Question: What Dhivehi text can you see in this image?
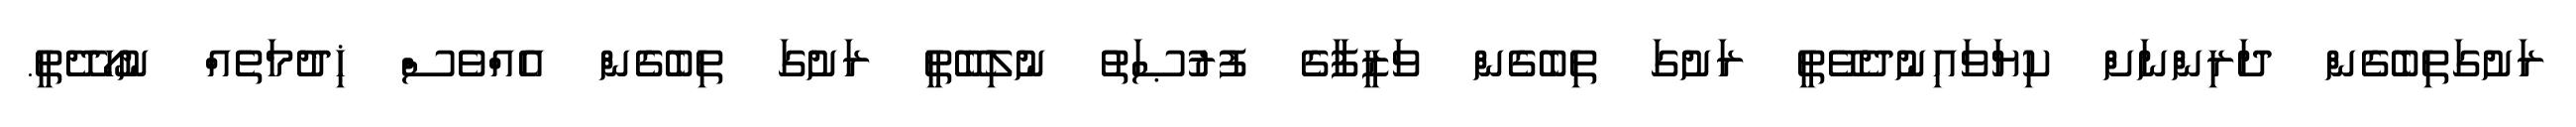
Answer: ރަށުގަތިބެގެން ދަރިންނަށް ކިޔަވައިނުދެވޭތީ ރަށުގަ ތިބެގެން ވަޒީފާގެ ފުރުޞަތު ނުލިބޭތީ ރަށުގަ ތިބެގެން އެއްވެސް ޚިދުމަތެއް ނުހޯދޭތީ.